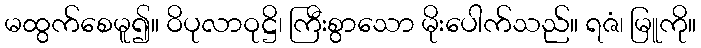
မထွက်စေမူ၍။ ဝိပုလာဝုဋ္ဌိ၊ ကြီးစွာသော မိုးပေါက်သည်။ ရဇံ၊ မြူကို။